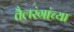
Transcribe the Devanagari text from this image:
तैलरंगांच्या